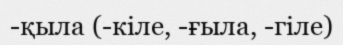
-қыла (-кіле, -ғыла, -гіле)